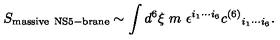
S _ { \mathrm { m a s s i v e \ N S 5 - b r a n e } } \sim \int d ^ { 6 } \xi \ m \ \epsilon ^ { i _ { 1 } \cdots i _ { 6 } } c ^ { ( 6 ) } { } _ { i _ { 1 } \cdots i _ { 6 } } .